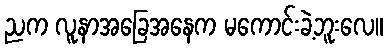
ညက လူနာအခြေအနေက မကောင်းခဲ့ဘူးလေ။